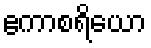
ဧကာစရိယော